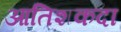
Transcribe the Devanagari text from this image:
आतिशकदा